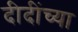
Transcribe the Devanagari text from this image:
दीदींच्या